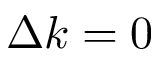
\Delta k = 0